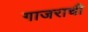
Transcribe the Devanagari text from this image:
गाजराची